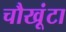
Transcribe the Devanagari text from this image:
चौखूंटा